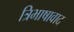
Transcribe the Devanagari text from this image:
त्रिभाषावाद